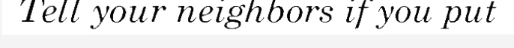
Tell your neighbors if you put